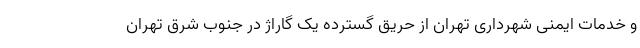
و خدمات ایمنی شهرداری تهران از حریق گسترده یک گاراژ در جنوب شرق تهران